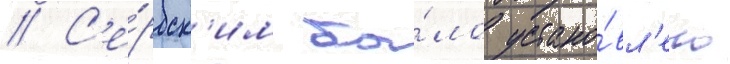
// С'е́рбск'им бы́ло устано́вл'ено